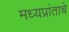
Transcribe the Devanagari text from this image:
मध्यप्रांताचे